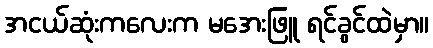
အငယ်ဆုံးကလေးက မအေးဖြူ ရင်ခွင်ထဲမှာ။